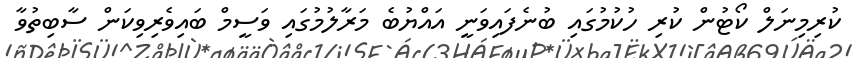
ކުރިމިނަލް ކޯޓުން ކުރި ހުކުމުގައި ބުނެފައިވަނީ އައްޔުބެ މަރާލުމުގައި ވަސީމް ބައިވެރިވިކަން ސާބިތުވާ